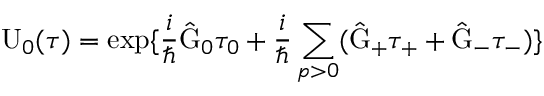
\mathrm { U } _ { 0 } ( \tau ) = \exp \{ \frac { i } { \hbar } \hat { \mathrm { G } } _ { 0 } { \tau } _ { 0 } + \frac { i } { \hbar } \sum _ { p > 0 } ( \hat { \mathrm { G } } _ { + } \tau _ { + } + \hat { \mathrm { G } } _ { - } \tau _ { - } ) \}